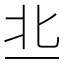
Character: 丠